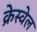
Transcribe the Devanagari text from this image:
क्रेस्वेल